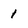
Character: 1